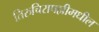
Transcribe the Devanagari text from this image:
तिरुचिरापल्लीमधील